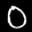
Label: 0